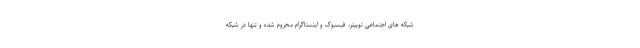
شبکه های اجتماعی توییتر، فیسبوک و اینستاگرام محروم شده و تنها در شبکه